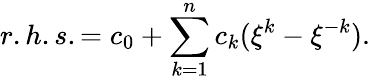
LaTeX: r.h.s.=c_{0}+\sum_{k=1}^{n}c_{k}(\xi^{k}-\xi^{-k}).